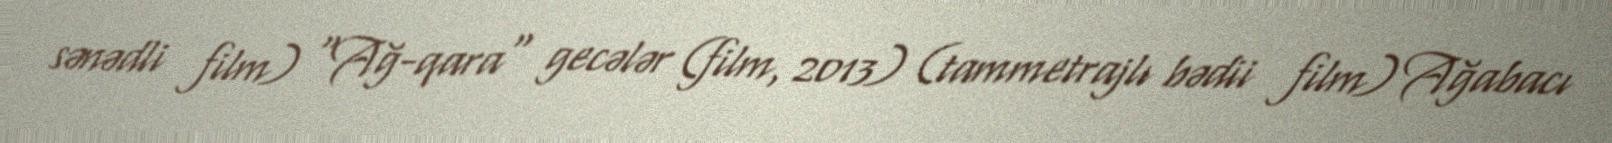
sənədli film) "Ağ-qara" gecələr (film, 2013) (tammetrajlı bədii film) Ağabacı